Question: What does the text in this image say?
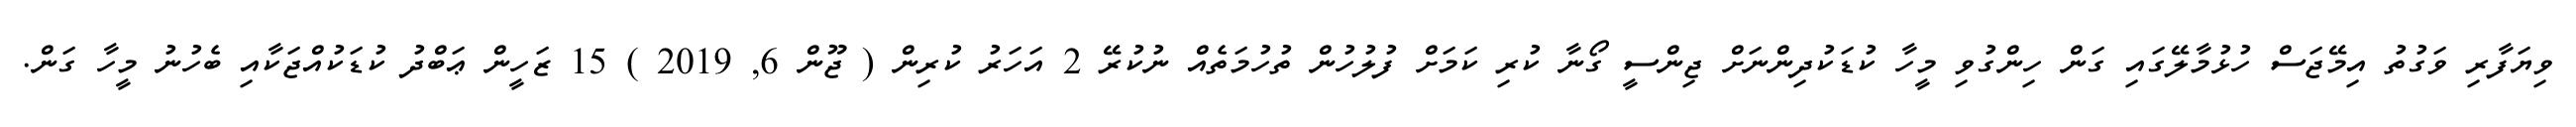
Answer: ވިޔަފާރި ވަގުތު އިމޭޖަސް ހުޅުމާލޭގައި ގަން ހިންގުވި މީހާ ކުޑަކުދިންނަށް ޖިންސީ ގޯނާ ކުރި ކަމަށް ފުލުހުން ތުހުމަތެއް ނުކުރޭ 2 އަހަރު ކުރިން ( ޖޫން 6, 2019 ) 15 ޒަހީން ޢަބްދު ކުޑަކުއްޖަކާއި ބެހުނު މީހާ ގަން.